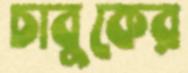
চাবুকের